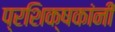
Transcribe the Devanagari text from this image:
प्रशिक्षकांनी